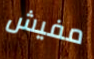
مفيش